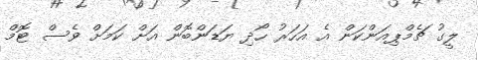
ލީގު ޗެމްޕިއަންކަން އެ އަހަރު ހޯދި ޔަޑަންބޮން އަށް ކަމަށް ވެސް ޓޮމް